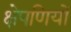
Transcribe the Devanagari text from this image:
क्षेपणियों